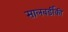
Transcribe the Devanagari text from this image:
सालबर्डीकी